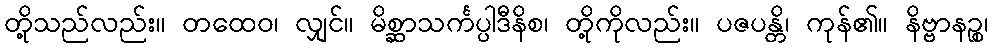
တို့သည်လည်း။ တထေဝ၊ လျှင်။ မိစ္ဆာသင်္ကပ္ပါဒီနိစ၊ တို့ကိုလည်း။ ပဇပန္တိ၊ ကုန်၏။ နိဗ္ဗာနဉ္စ၊